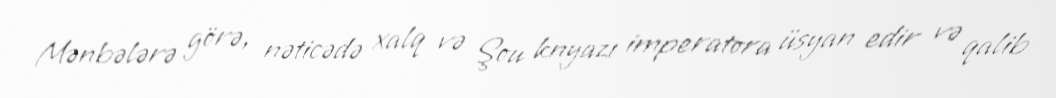
Mənbələrə görə, nəticədə xalq və Şou knyazı imperatora üsyan edir və qalib